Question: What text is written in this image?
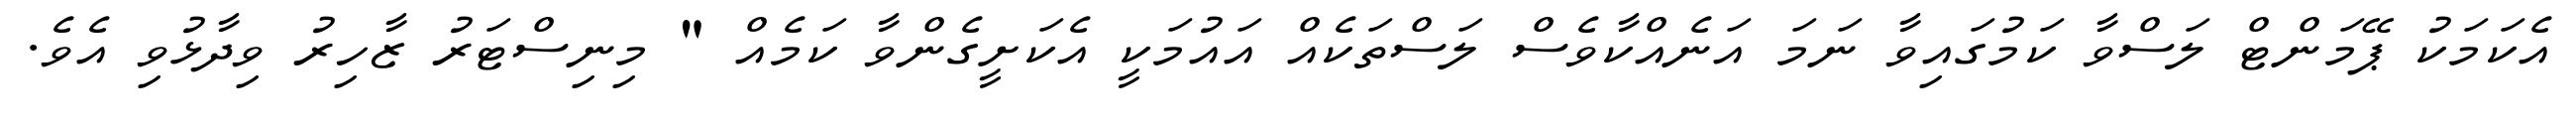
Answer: އެކަމަކު ޕޭމަންޓް ލަސްވާ ކަމުގައިވާ ނަމަ އަނެއްކާވެސް ލަސްތަކެއް އައުމަކީ އެކަށީގެންވާ ކަމެއް " މިނިސްޓަރު ޒާހިރު ވިދާޅުވި އެވެ.